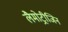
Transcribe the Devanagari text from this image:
लैमोट्रीजिन